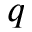
q